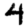
Digit: 4